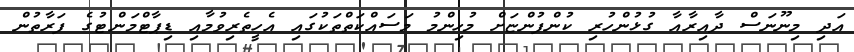
އަދި މިނޫނަސް ދާއިރާއާ ގުޅުންހުރި ކުންފުންޏަށް މުހިންމު މަސައްކަތްތަކުގައި އެހީތެރިވުމާއި ޑިޕާޓްމަންޓުގެ ފަރާތުން